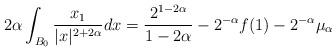
LaTeX: \begin{align*}2\alpha \int_{B_0} \frac{x_1}{|x|^{2+2\alpha}} dx = \frac{2^{1-2\alpha} } {1-2\alpha} - 2^{-\alpha} f(1) - 2^{-\alpha} \mu_\alpha\end{align*}